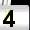
Digit: 4